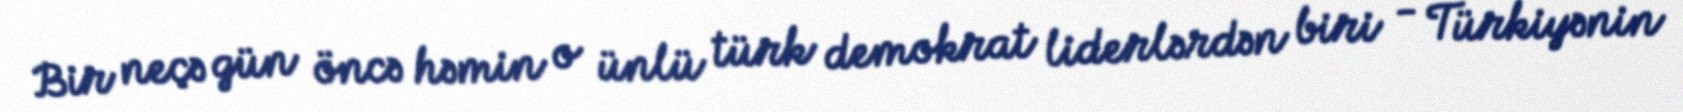
Bir neçə gün öncə həmin o ünlü türk demokrat liderlərdən biri - Türkiyənin